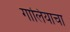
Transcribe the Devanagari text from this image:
गालियाचा